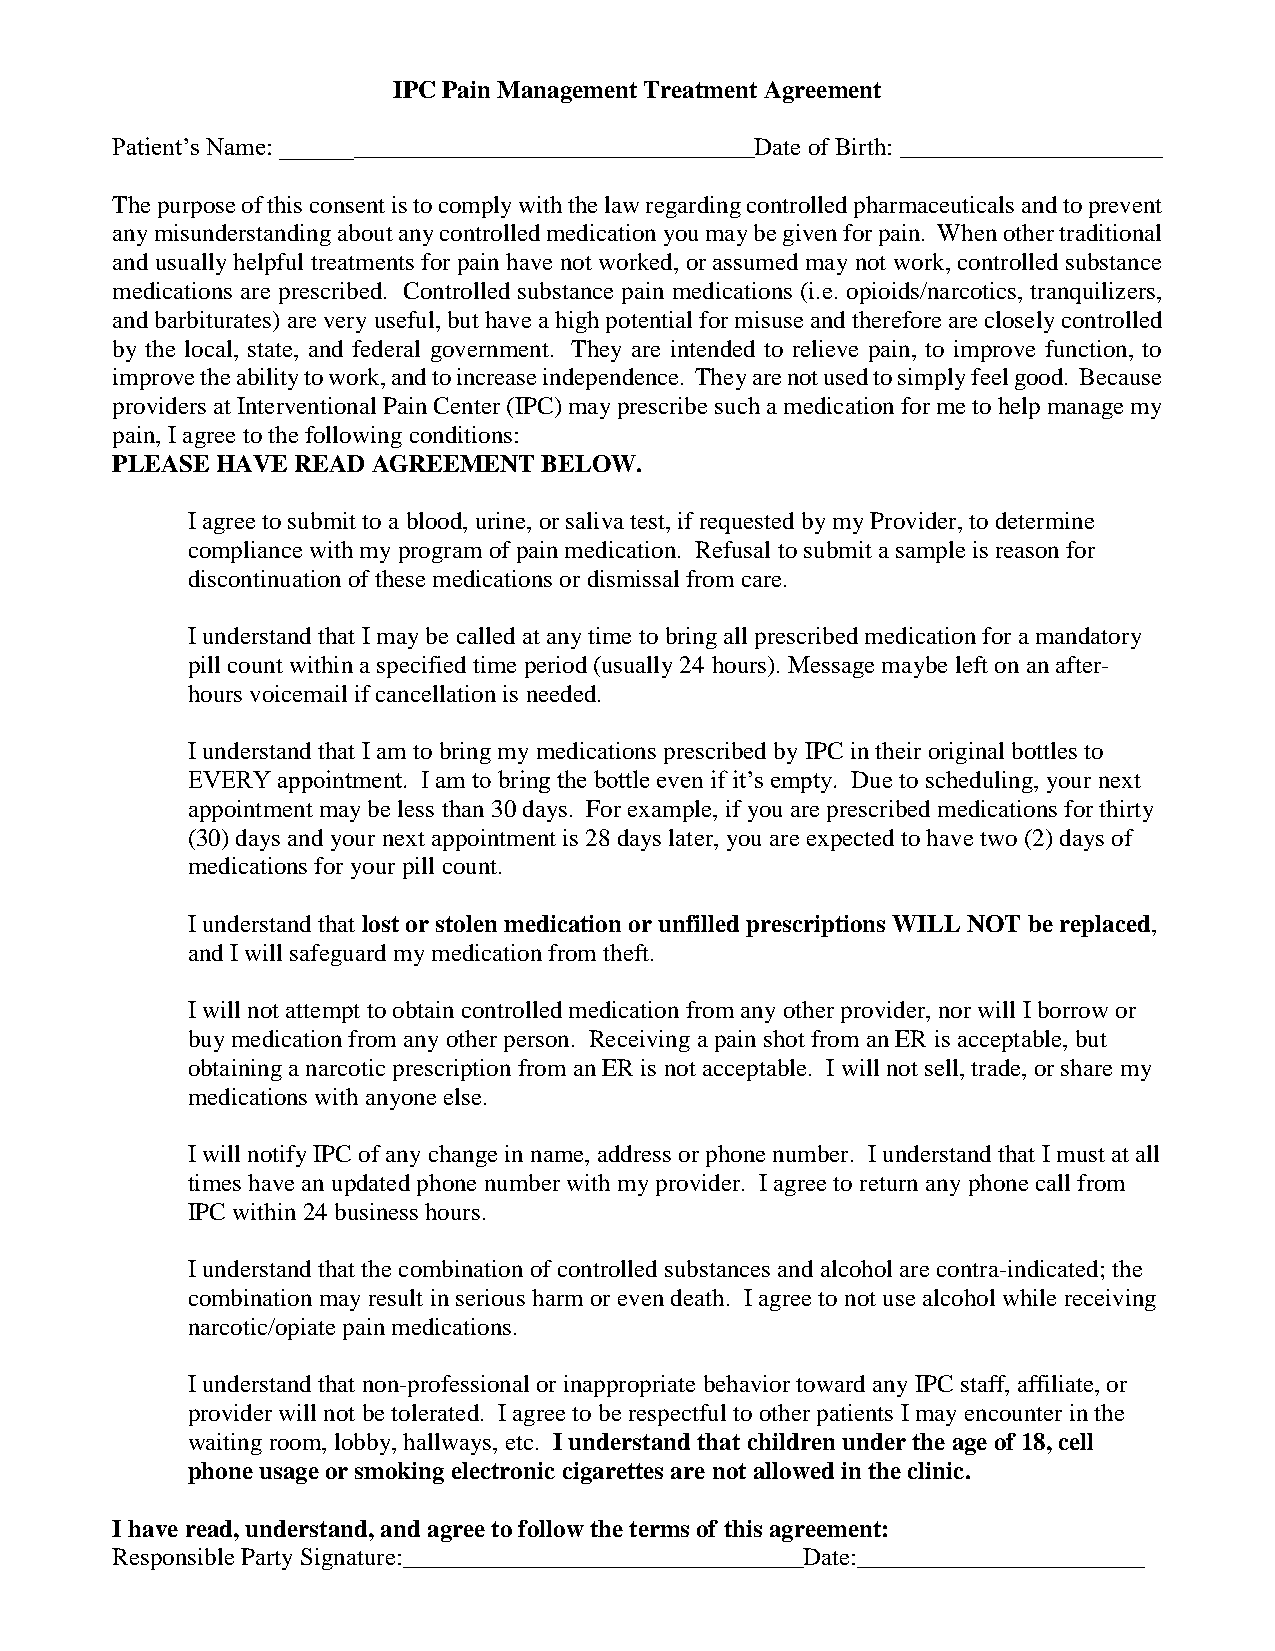
IPC Pain Management Treatment Agreement
 Patient’s Name: ______________________________________Date of Birth: _____________________
 The purpose of this consent is to comply with the law regarding controlled pharmaceuticals and to prevent
 any misunderstanding about any controlled medication you may be given for pain. When other traditional
 and usually helpful treatments for pain have not worked, or assumed may not work, controlled substance
 medications are prescribed. Controlled substance pain medications (i.e. opioids/narcotics, tranquilizers,
 and barbiturates) are very useful, but have a high potential for misuse and therefore are closely controlled
 by the local, state, and federal government. They are intended to relieve pain, to improve function, to
 improve the ability to work, and to increase independence. They are not used to simply feel good. Because
 providers at Interventional Pain Center (IPC) may prescribe such a medication for me to help manage my
 pain, I agree to the following conditions:
 PLEASE HAVE READ  AGREEMENT  BELOW.
 I agree to submit to a blood, urine, or saliva test, if requested by my Provider, to determine
 compliance with my program of pain medication. Refusal to submit a sample is reason for
 discontinuation of these medications or dismissal from care.
 I understand that I may be called at any time to bring all prescribed medication for a mandatory
 pill count within a specified time period (usually 24 hours). Message maybe left on an after-
 hours voicemail if cancellation is needed.
 I understand that I am to bring my medications prescribed by IPC in their original bottles to
 EVERY appointment. I am to bring the bottle even if it’s empty. Due to scheduling, your next
 appointment may be less than 30 days. For example, if you are prescribed medications for thirty
 (30) days and your next appointment is 28 days later, you are expected to have two (2) days of
 medications for your pill count.
 I understand that lost or stolen medication or unfilled prescriptions WILL NOT be replaced,
 and I will safeguard my medication from theft.
 I will not attempt to obtain controlled medication from any other provider, nor will I borrow or
 buy medication from any other person. Receiving a pain shot from an ER is acceptable, but
 obtaining a narcotic prescription from an ER is not acceptable. I will not sell, trade, or share my
 medications with anyone else.
 I will notify IPC of any change in name, address or phone number. I understand that I must at all
 times have an updated phone number with my provider. I agree to return any phone call from
 IPC within 24 business hours.
 I understand that the combination of controlled substances and alcohol are contra-indicated; the
 combination may result in serious harm or even death. I agree to not use alcohol while receiving
 narcotic/opiate pain medications.
 I understand that non-professional or inappropriate behavior toward any IPC staff, affiliate, or
 provider will not be tolerated. I agree to be respectful to other patients I may encounter in the
 waiting room, lobby, hallways, etc. I understand that children under the age of 18, cell
 phone usage or smoking electronic cigarettes are not allowed in the clinic.
 I have read, understand, and agree to follow the terms of this agreement:
 Responsible Party Signature:________________________________Date:_______________________